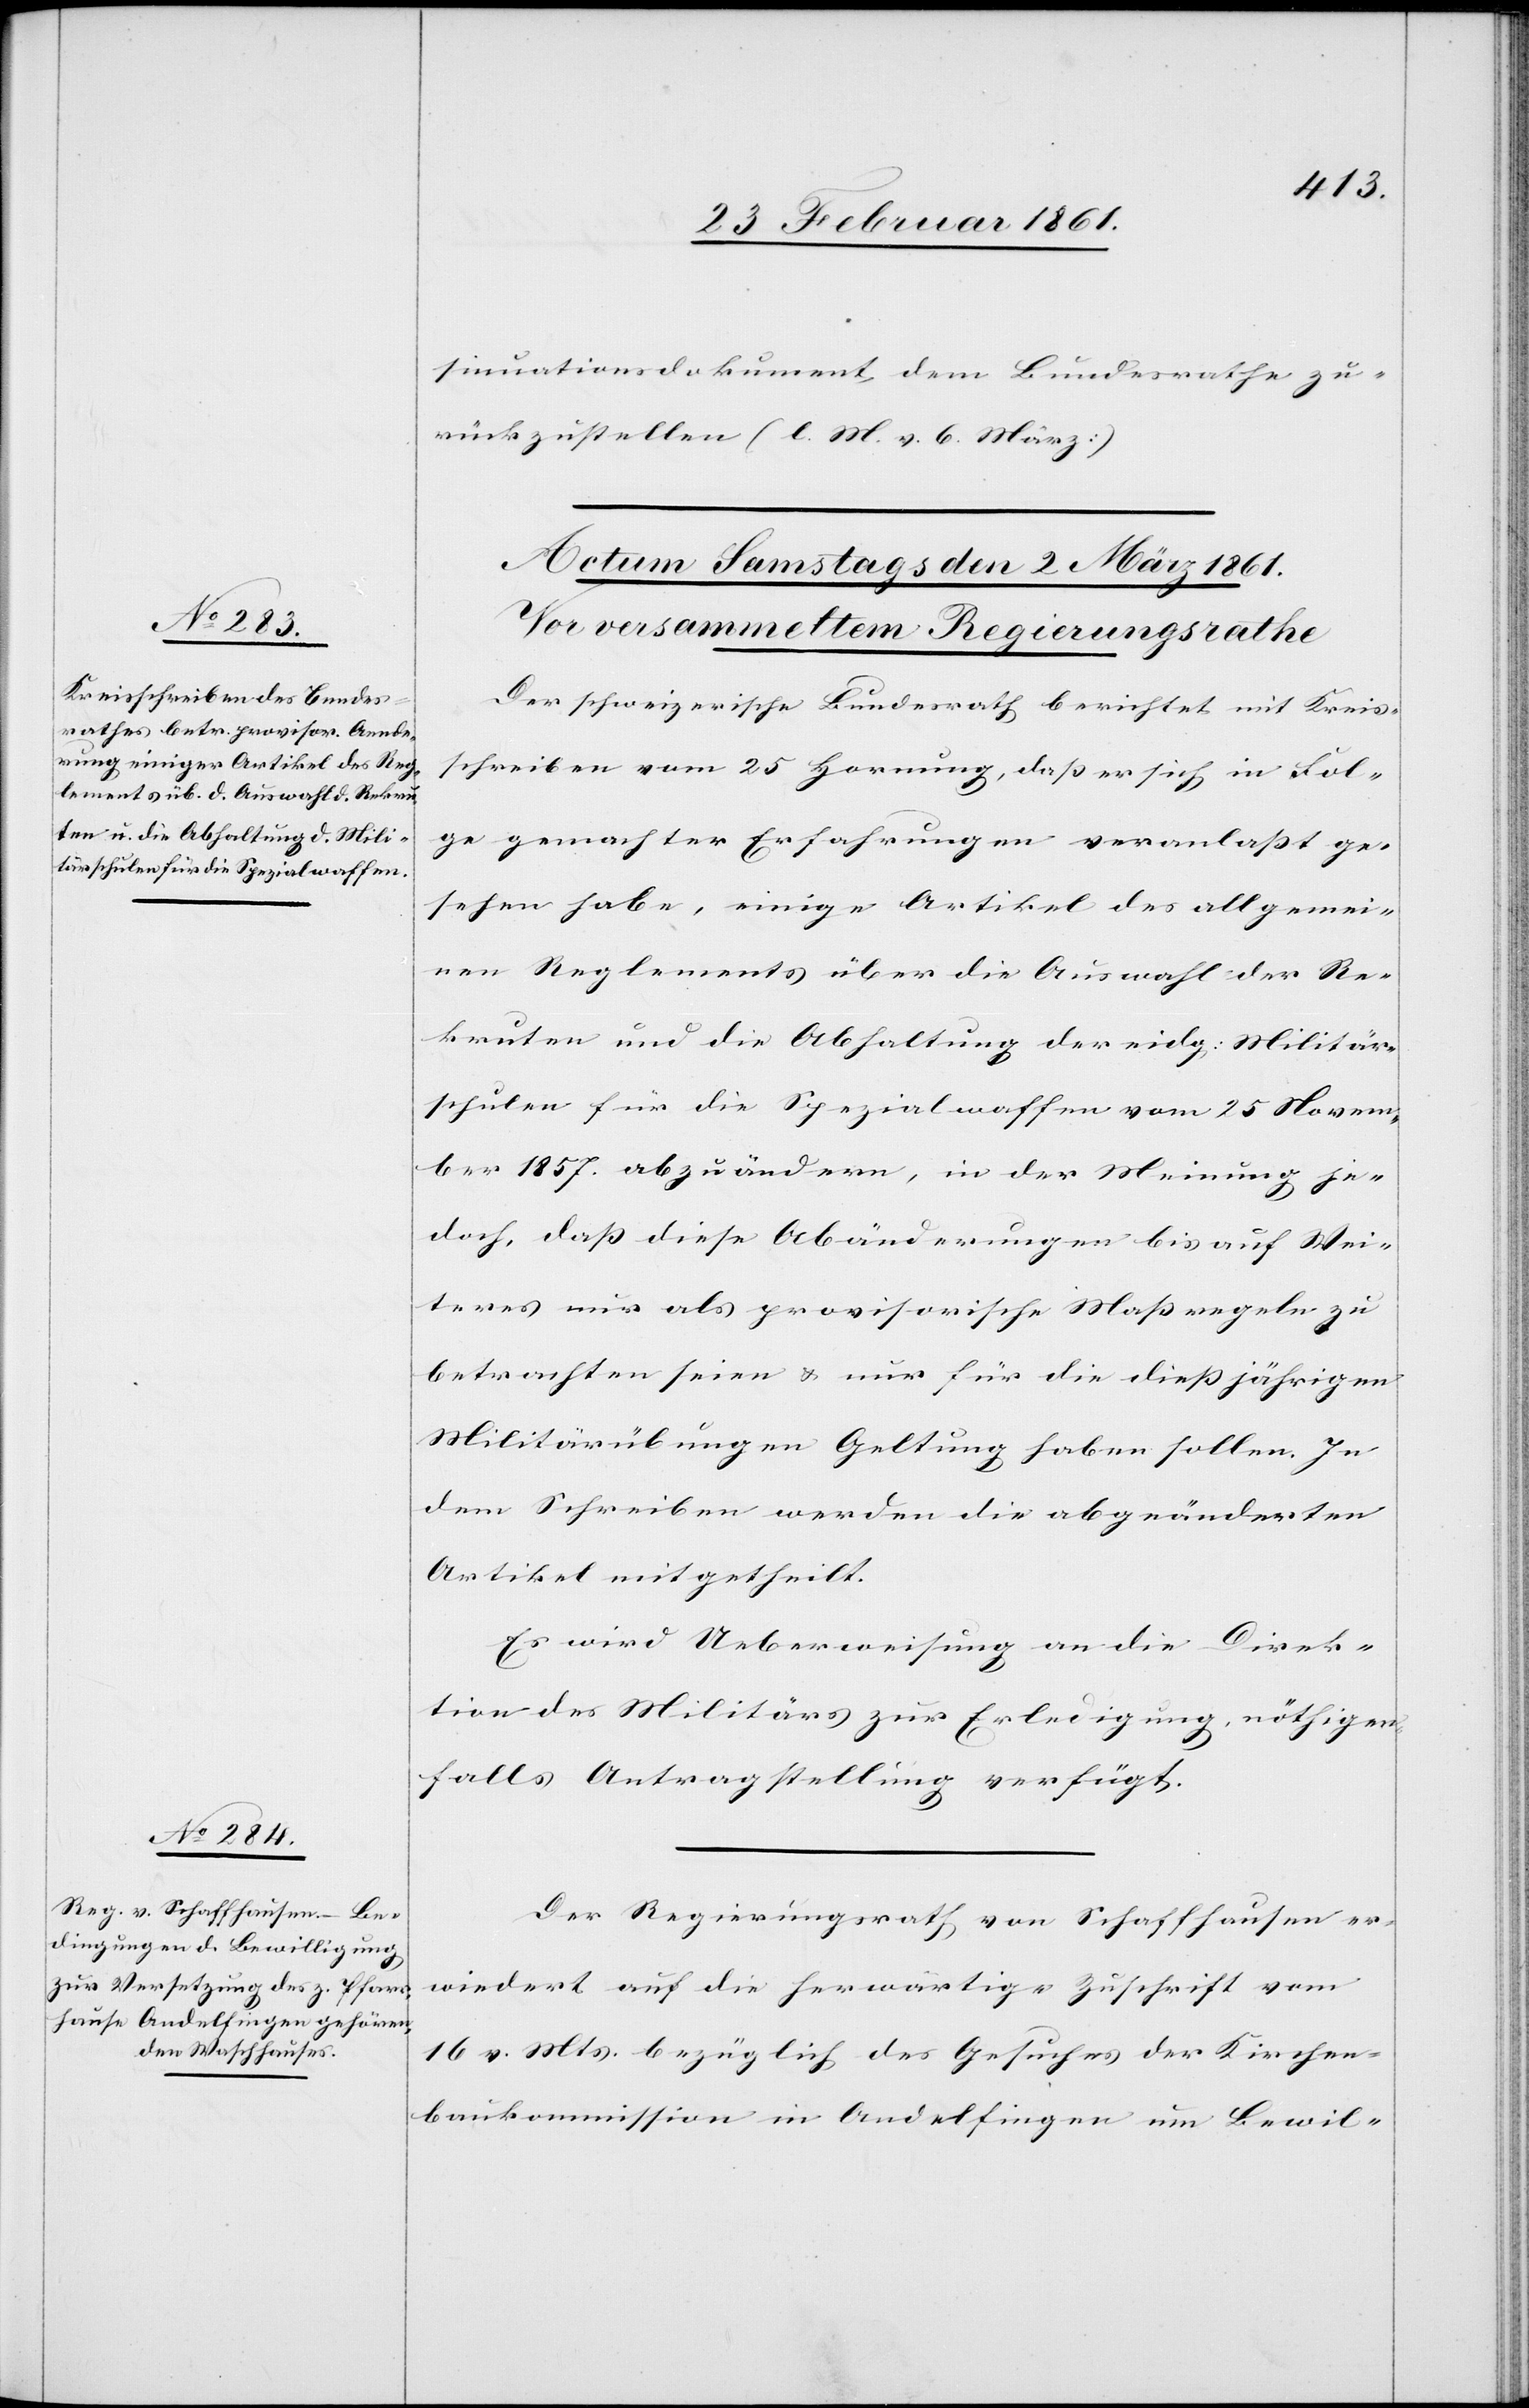
sinuationsdokument dem Bundesrathe zu¬
rückzustellen. (l. M. v. 6. März)
Der schweizerische Bundesrath berichtet mit Kreis¬
schreiben vom 25 Hornung, dass er sich in Fol¬
ge gemachter Erfahrungen veranlasst ge¬
sehen habe, einige Artikel des allgemei¬
nen Reglements über die Auswahl der Re¬
kruten und die Abhaltung der eidg. Militär¬
schulen für die Spezialwaffen vom 25 Novem¬
ber 1857 abzuändern, in der Meinung je¬
doch, dass diese Abänderungen bis auf Wei¬
teres nur als provisorische Massregeln zu
betrachten seien u. nur für die diessjährigen
Militärübungen Geltung haben sollen. In
dem Schreiben werden die abgeänderten
Artikel mitgetheilt.
Es wird Ueberweisung an die Direk¬
tion des Militärs zur Erledigung, nöthigen¬
falls Antragstellung verfügt.
Der Regierungsrath von Schaffhausen er¬
wiedert auf die herwärtige Zuschrift vom
16. v. Mts. bezüglich des Gesuches der Kirchen¬
baukommission in Andelfingen um Bewil-